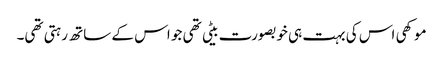
موکھی اس کی بہت ہی خوبصورت بیٹی تھی جو اس کے ساتھ رہتی تھی۔